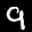
Label: 9